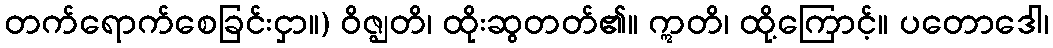
တက်ရောက်စေခြင်းငှာ။) ဝိဇ္ဈတိ၊ ထိုးဆွတတ်၏။ ဣတိ၊ ထို့ကြောင့်။ ပတောဒေါ၊